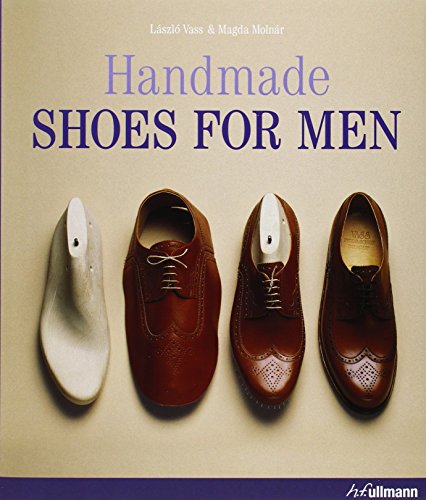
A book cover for Handmade Shoes for Men; LÃEzlÃE Vass; Arts & Photography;